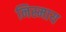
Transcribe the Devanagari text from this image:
निस्माय